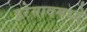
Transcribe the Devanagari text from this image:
हरेगावमध्ये